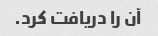
آن را دریافت کرد.